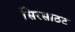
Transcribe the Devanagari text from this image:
सिरसाठट